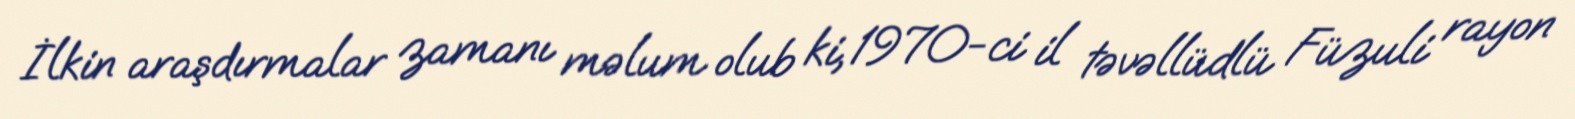
İlkin araşdırmalar zamanı məlum olub ki, 1970-ci il təvəllüdlü Füzuli rayon